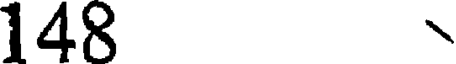
148